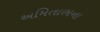
અમિતાભના